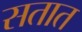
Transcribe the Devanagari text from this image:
सतात